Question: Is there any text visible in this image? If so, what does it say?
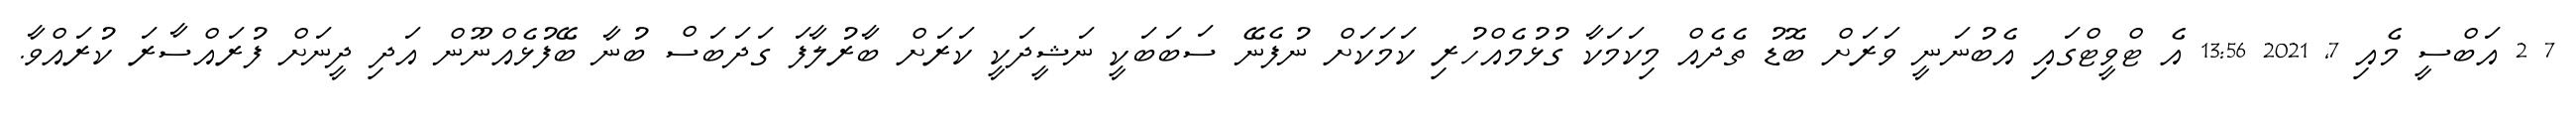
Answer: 7 2 އަބްސީ މެއި 7, 2021 13:56 އެ ޓްވީޓްގައި އެބުނަނީ ވަރަށް ބޮޑު ތެދެއް މިކަމަކާ ގުޅުމެއްހުރި ކަމަކަށް ނުފެނޭ ސަބަބަކީ ނަޝީދަކީ ކަރަށް ބާރުލާފަ ގަދަބަސް ބުނާ ބޭފުޅެއްނޫން އަދި ދީނަށް ފުރައްސާރަ ކުރައްވާ.